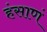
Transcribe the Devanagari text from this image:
हंसाणं